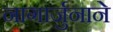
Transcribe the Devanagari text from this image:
नागार्जुनाने